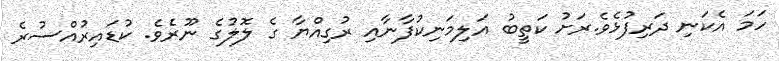
ހަމަ އެކަނި ދަރިފުޅެވެ.ރަށު ކަތީބު އަލިމަނިކުފާނާއި ރުގިއްޔާ ގެ ލޮލުގެ ނޫރެވެ. ކުޑައިރުއްސުރެ